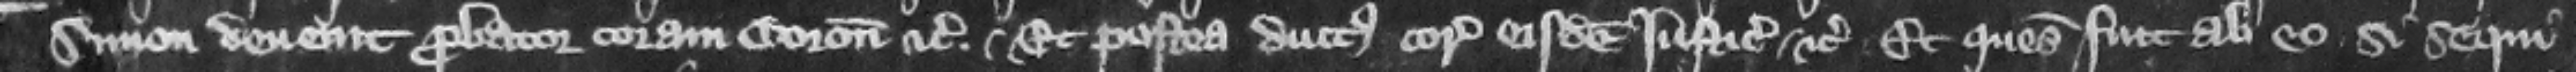
Simon deuenit probator coram coronatore etc. et postea ductus coram eisdem iusticiariis etc. Et quesitum fuit ab eo si sequi